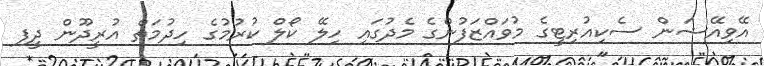
އޭވިއޭޝަން ސެކިއުރިޓީގެ މުވައްޒަފުންގެ މެދުގައި ހިލޭ ކޯލް ކުރުމުގެ ހިދުމަތް އުރީދޫން ދީފި